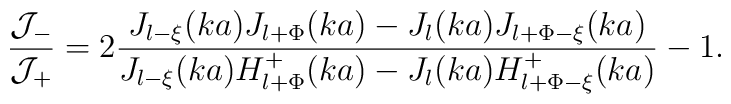
\displaystyle\frac{{\cal J}_-}{{\cal J}_+} = 2 \displaystyle\frac{J_{l - \xi}(ka)J_{l + \Phi} (ka) - J_l(ka) J_{l + \Phi - \xi} (ka)}{J_{l - \xi}(ka) H^+_{l + \Phi} (ka) - J_l (ka) H^+_{l + \Phi - \xi} (ka)} -1.